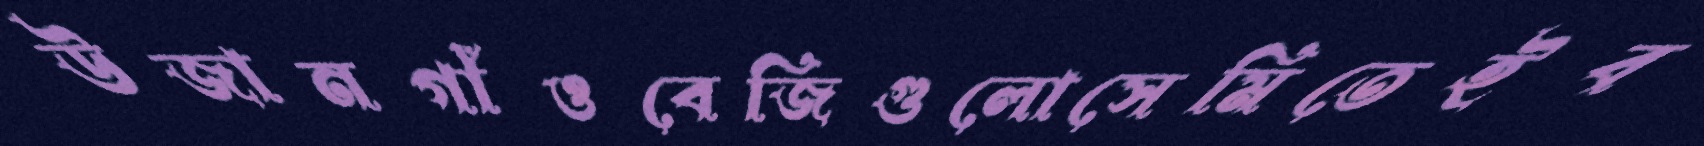
উজানগাঁওবেজিগুলোসেমিতেইব